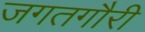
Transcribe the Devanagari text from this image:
जगतगौरी